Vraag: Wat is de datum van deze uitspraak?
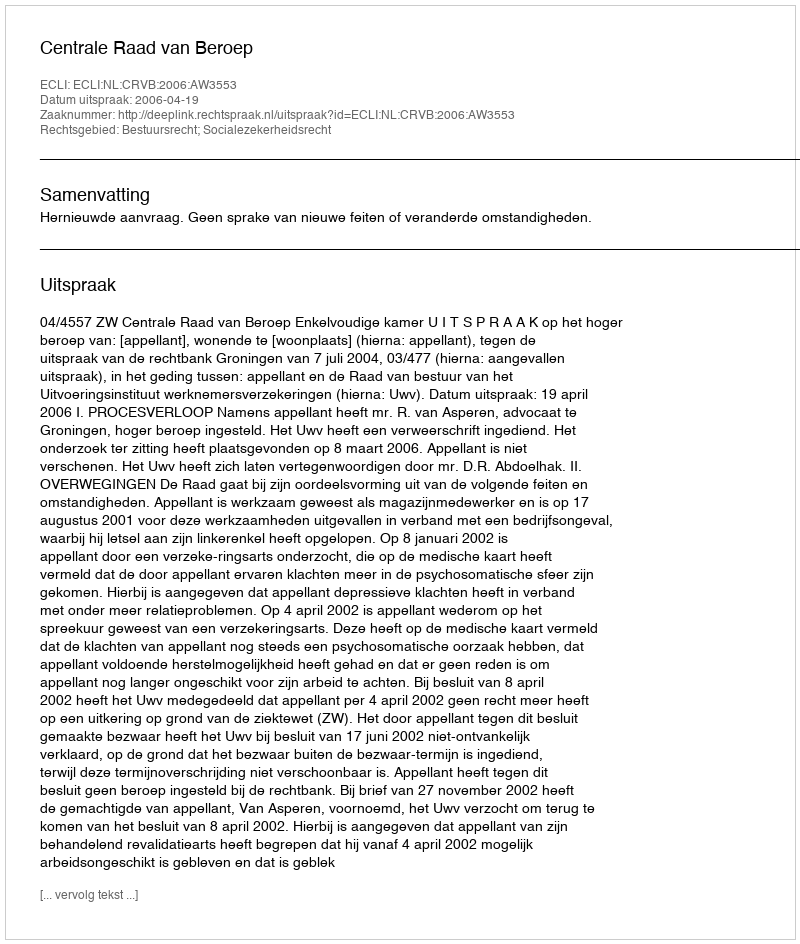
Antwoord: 2006-04-19